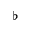
\flat